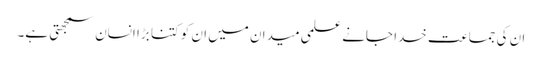
ان کی جماعت خدا جانے علمی میدان میں ان کو کتنا بڑا انسان سمجھتی ہے۔